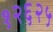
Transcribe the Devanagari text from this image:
१२६२५